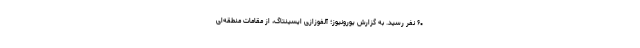
۶۰ نفر رسید. به گزارش یورونیوز؛ آلفوزازی ایسینتاگ، از مقامات منطقه‌ای